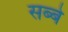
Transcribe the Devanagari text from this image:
सब्बे